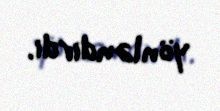
yönləndirdi.